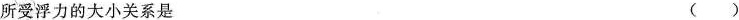
所受浮力的大小关系是 ( )